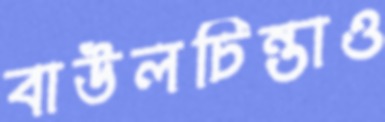
বাউলচিন্তাও